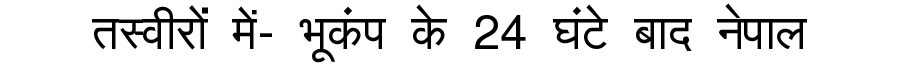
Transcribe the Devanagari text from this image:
तस्वीरों में- भूकंप के 24 घंटे बाद नेपाल